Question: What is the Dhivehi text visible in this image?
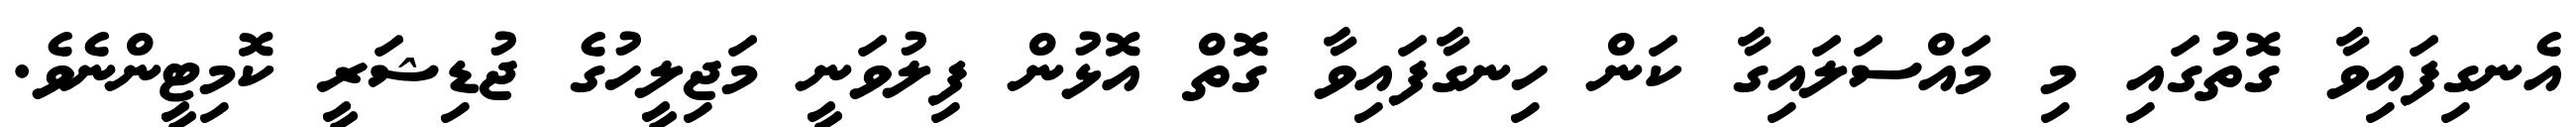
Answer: އެނގިފައިވާ ގޮތުގައި މި މައްސަލައިގާ ކަން ހިނގާފައިވާ ގޮތް އޮޅުން ފިލުވަނީ މަޖިލީހުގެ ޖުޑިޝަރީ ކޮމިޓީންނެވެ.